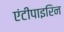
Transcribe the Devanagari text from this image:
एंटीपाइरिन